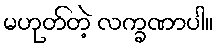
မဟုတ်တဲ့ လက္ခဏာပါ။